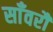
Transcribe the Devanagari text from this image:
साँवरौ